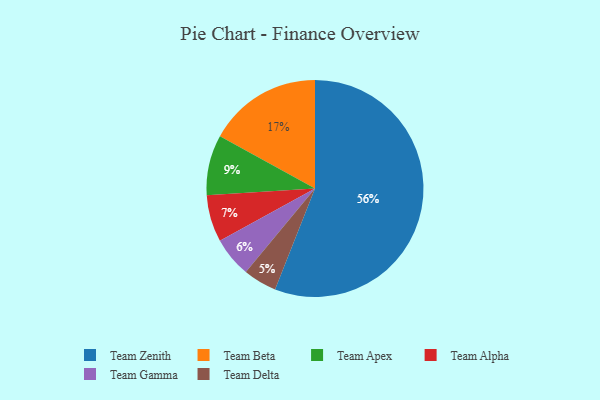
{"axis": {"x": "Category", "y": "Percentage"}, "legend": ["Team Alpha", "Team Apex", "Team Beta", "Team Delta", "Team Gamma", "Team Zenith"], "data": [{"x": "Team Beta", "y": 17, "type": "Team Beta"}, {"x": "Team Zenith", "y": 56, "type": "Team Zenith"}, {"x": "Team Delta", "y": 5, "type": "Team Delta"}, {"x": "Team Apex", "y": 9, "type": "Team Apex"}, {"x": "Team Gamma", "y": 6, "type": "Team Gamma"}, {"x": "Team Alpha", "y": 7, "type": "Team Alpha"}]}